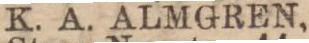
K. A. ALMGREN,